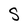
Character: S